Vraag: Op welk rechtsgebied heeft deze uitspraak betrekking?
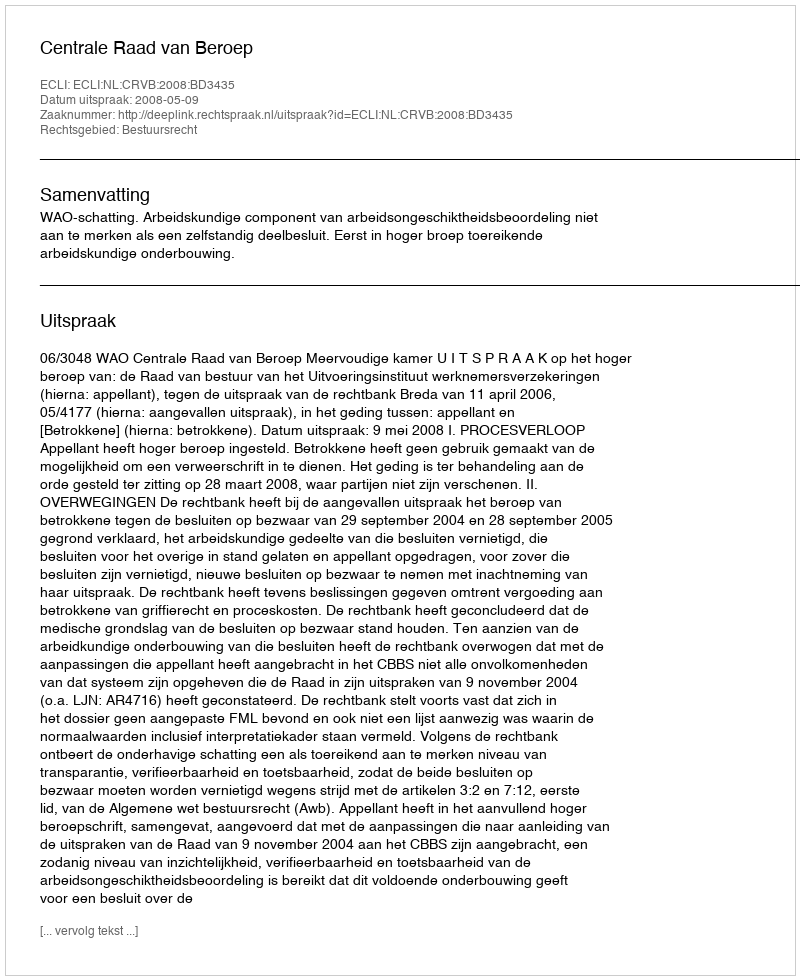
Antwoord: Bestuursrecht